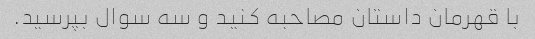
با قهرمان داستان مصاحبه کنید و سه سوال بپرسید.